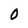
Character: 0